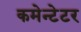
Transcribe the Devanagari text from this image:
कमेन्टेटर